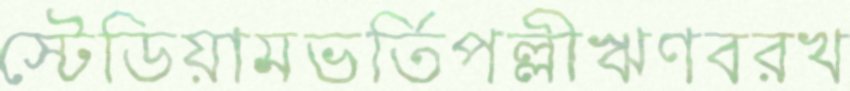
স্টেডিয়ামভর্তিপল্লীঋণবরখ